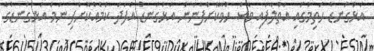
އަޅުގަނޑު ހަތިމުގައި އަތްލާފައި ވެސް ހުވާކޮށްފާނަން އަޅުގަނޑު އެފަދަ ކަމެއްކޮށްފި ނަމަ އަޅުގަނޑުގެ